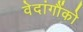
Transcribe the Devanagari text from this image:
वेदांगौंको